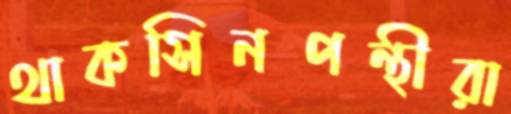
থাকসিনপন্থীরা